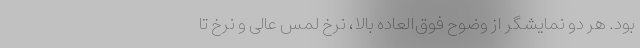
بود. هر دو نمایشگر از وضوح فوق‌العاده بالا، نرخ لمس عالی و نرخ تا